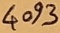
Text: 4093